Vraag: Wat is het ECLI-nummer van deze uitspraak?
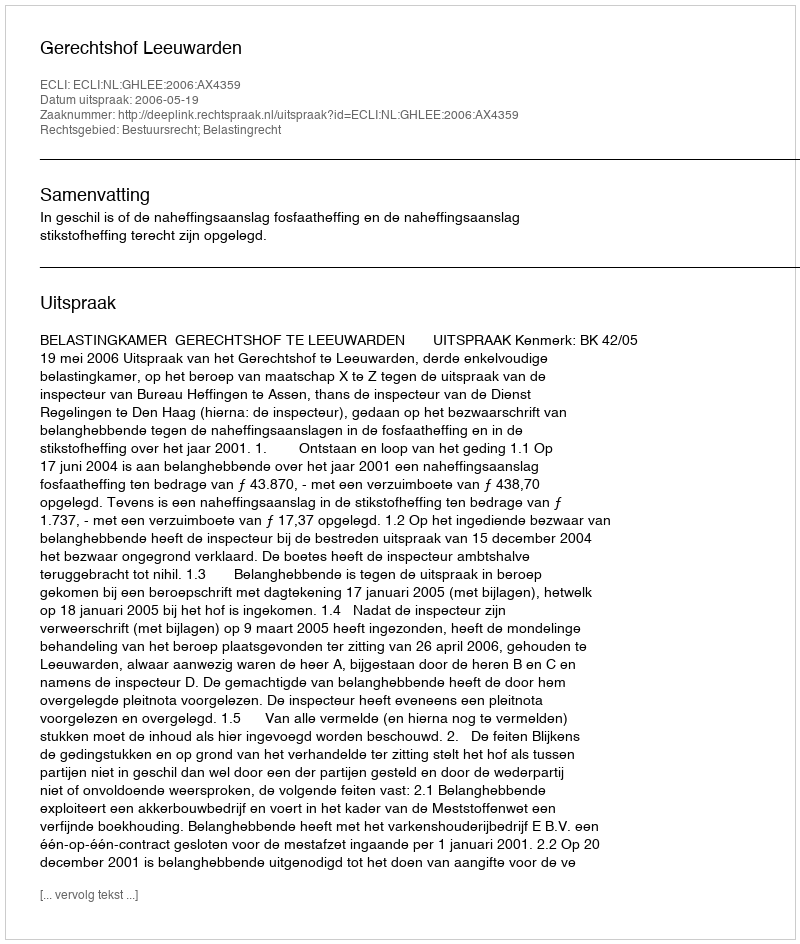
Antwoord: ECLI:NL:GHLEE:2006:AX4359